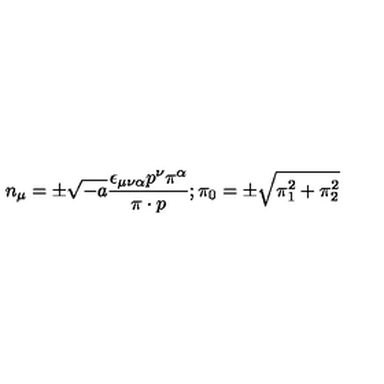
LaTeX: n _ { \mu } = \pm \sqrt { - a } \frac { \epsilon _ { \mu \nu \alpha } p ^ { \nu } \pi ^ { \alpha } } { \pi \cdot p } ; \pi _ { 0 } = \pm \sqrt { \pi _ { 1 } ^ { 2 } + \pi _ { 2 } ^ { 2 } }